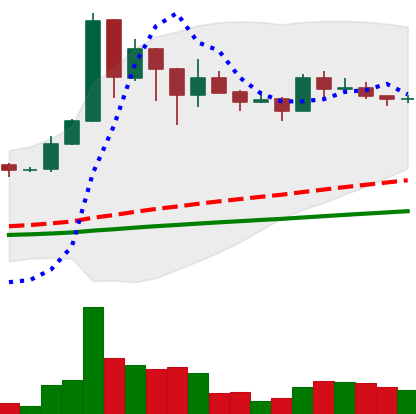
Ticker: BNB-USD
Chart end date: 2021-03-06
Forward return: 27.849%
Label: up_7plus